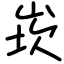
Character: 崁